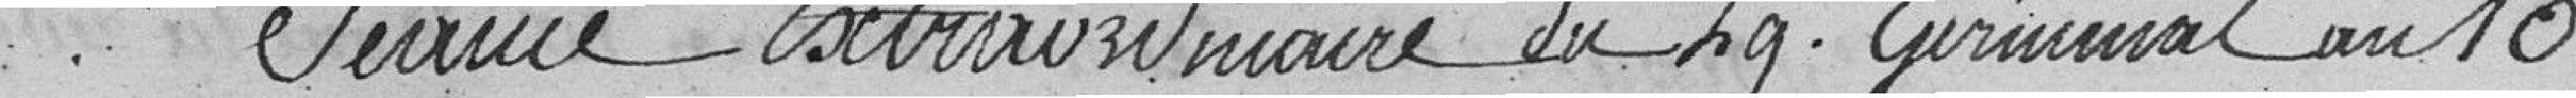
Service extraordinaire du 29 germinal an 10